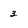
Character: 3